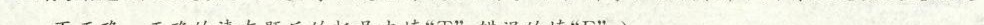
13.1972年，日本首相田中角荣访华，中日两国正式建立外交关系。 ( )